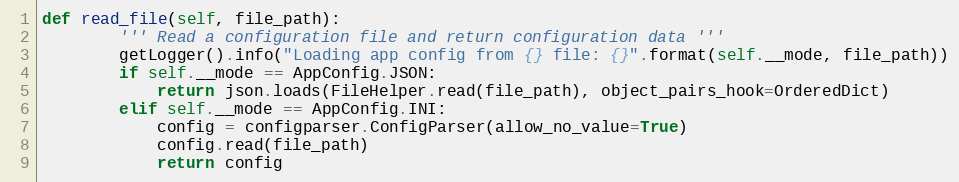
Language: Python
def read_file(self, file_path):
        ''' Read a configuration file and return configuration data '''
        getLogger().info("Loading app config from {} file: {}".format(self.__mode, file_path))
        if self.__mode == AppConfig.JSON:
            return json.loads(FileHelper.read(file_path), object_pairs_hook=OrderedDict)
        elif self.__mode == AppConfig.INI:
            config = configparser.ConfigParser(allow_no_value=True)
            config.read(file_path)
            return config